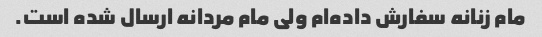
مام زنانه سفارش داده‌ام ولی مام مردانه ارسال شده است.